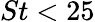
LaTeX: St<25